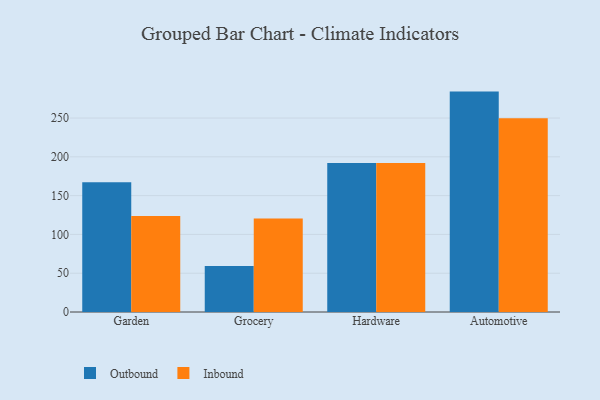
{"axis": {"x": "Category", "y": "Tickets Resolved"}, "legend": ["Inbound", "Outbound"], "data": [{"x": "Garden", "y": 167.1, "type": "Outbound"}, {"x": "Garden", "y": 123.7, "type": "Inbound"}, {"x": "Grocery", "y": 59.3, "type": "Outbound"}, {"x": "Grocery", "y": 120.4, "type": "Inbound"}, {"x": "Hardware", "y": 192.1, "type": "Outbound"}, {"x": "Hardware", "y": 192.0, "type": "Inbound"}, {"x": "Automotive", "y": 284.1, "type": "Outbound"}, {"x": "Automotive", "y": 249.6, "type": "Inbound"}]}